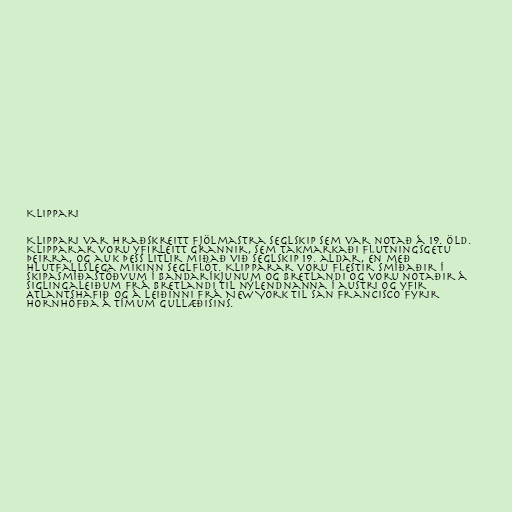
Klippari

Klippari var hraðskreitt fjölmastra seglskip sem var notað á 19. öld.
Klipparar voru yfirleitt grannir, sem takmarkaði flutningsgetu
þeirra, og auk þess litlir miðað við seglskip 19. aldar, en með
hlutfallslega mikinn seglflöt. Klipparar voru flestir smíðaðir í
skipasmíðastöðvum í Bandaríkjunum og Bretlandi og voru notaðir á
siglingaleiðum frá Bretlandi til nýlendnanna í austri og yfir
Atlantshafið og á leiðinni frá New York til San Francisco fyrir
Hornhöfða á tímum gullæðisins.